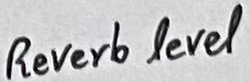
Text: Reverb level